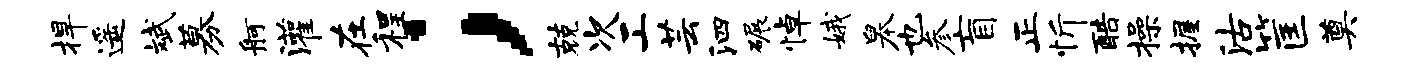
捍遥斌募舸灌在程；兢次工芸泗碾悼娥皋也参盲正忻酷操握沽筐奠